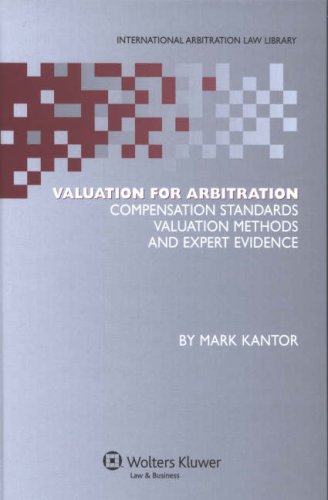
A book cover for Valuation for Arbitration; Mark Kantor; Law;